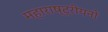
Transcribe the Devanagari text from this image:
महाराष्ट्रीयनों